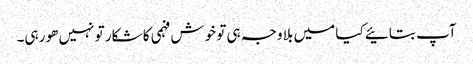
آپ بتائیے کیا میں بلا وجہ ہی تو خوش فہمی کا شکار تو نہیں ھو رہی۔